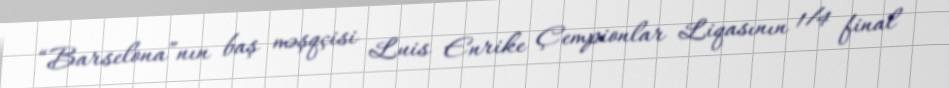
“Barselona”nın baş məşqçisi Luis Enrike Çempionlar Liqasının 1/4 final